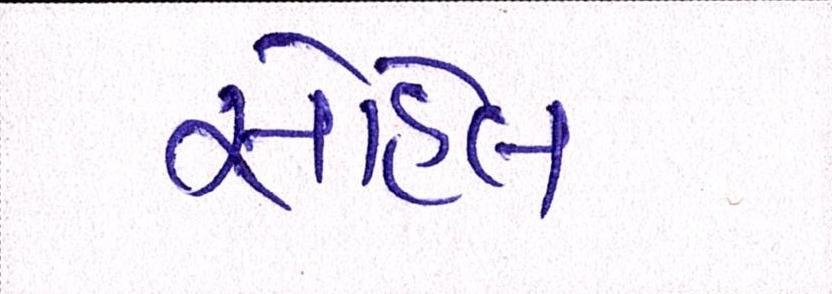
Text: સોહેલ